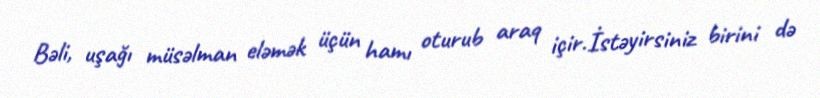
Bəli, uşağı müsəlman eləmək üçün hamı oturub araq içir.İstəyirsiniz birini də